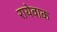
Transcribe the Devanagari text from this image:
रायेवाक